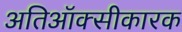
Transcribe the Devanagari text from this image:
अतिऑक्सीकारक